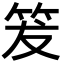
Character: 𥬒